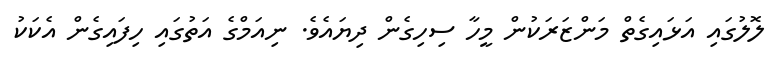
ލޮލުގައި އަޅައިގެތް މަންޒަރަކުން މީހާ ސިހިގެން ދިޔައެވެ. ނިއަމްގެ އަތުގައި ހިފައިގެން އެކަކު